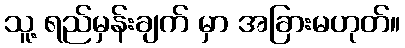
သူ့ ရည်မှန်းချက် မှာ အခြားမဟုတ်။